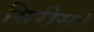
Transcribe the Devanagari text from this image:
सिरीस।